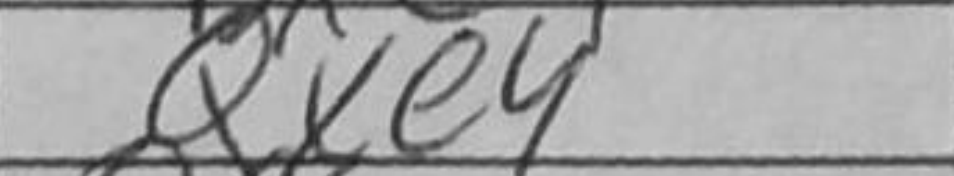
Transcription: Qxe4